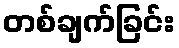
တစ်ချက်ခြင်း